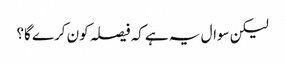
لیکن سوال یہ ہے کہ فیصلہ کون کرے گا؟